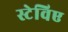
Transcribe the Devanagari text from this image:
स्टेविए